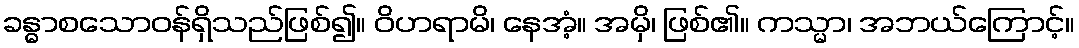
ခန္ဓာစသောဝန်ရှိသည်ဖြစ်၍။ ဝိဟရာမိ၊ နေအံ့။ အမှိ၊ ဖြစ်၏။ ကသ္မာ၊ အဘယ်ကြောင့်။